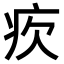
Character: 𤴼